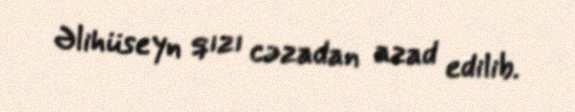
Əlihüseyn qızı cəzadan azad edilib.